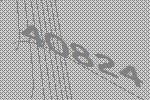
40824